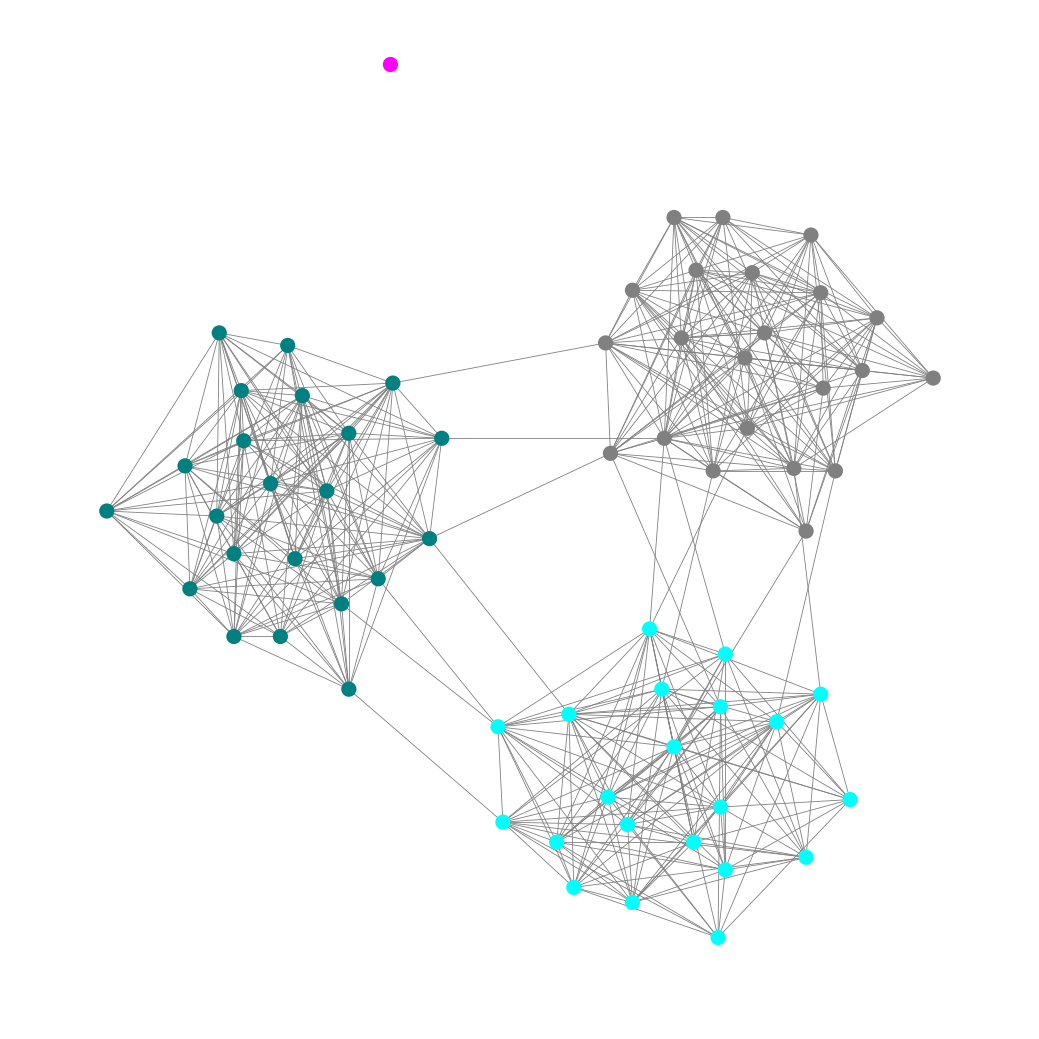
Graph connected: No
Number of connected components: 2
Number of singletons: 1
Total number of nodes: 66
Total number of edges: 486
Number of communities: 4
Community sizes:
Aqua: 21
Fuchsia: 1
Gray: 22
Teal: 22
Graph layout: tda
Graph generation method: erdos_renyi